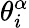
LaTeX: \theta_{i}^{\alpha}